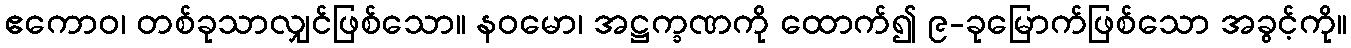
ဧကောဝ၊ တစ်ခုသာလျှင်ဖြစ်သော။ နဝမော၊ အဋ္ဌက္ခဏကို ထောက်၍ ၉-ခုမြောက်ဖြစ်သော အခွင့်ကို။